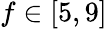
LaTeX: f\in[5,9]